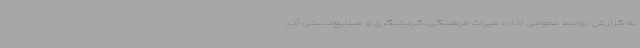
به گزارش روابط عمومی اداره میراث فرهنگی، گردشگری و صنایع‌دستی آذر